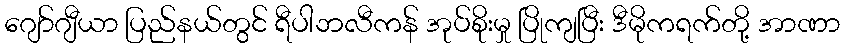
ဂျော်ဂျီယာ ပြည်နယ်တွင် ရီပါဘလီကန် အုပ်စိုးမှု ပြိုကျပြီး ဒီမိုကရက်တို့ အာဏာ